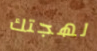
لهجتك